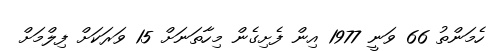
ހެމަންތު 66 ވަނީ 1977 އިން ފެށިގެން މިހާތަނަށް 15 ވަރަކަށް ފިލްމަށް